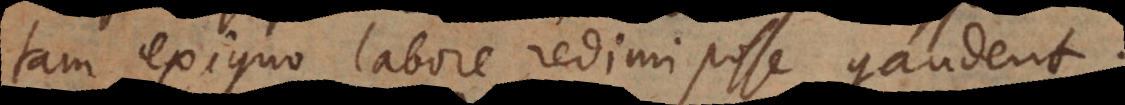
tam exiguo labore redimi posse gaudent;